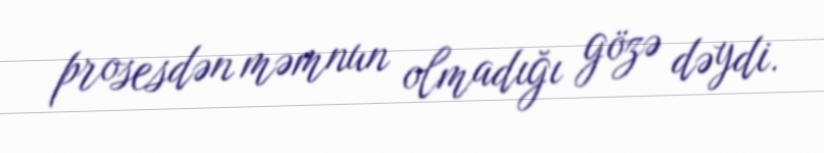
prosesdən məmnun olmadığı gözə dəydi.